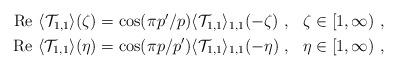
LaTeX: \begin{align*}\begin{aligned}\mathrm{Re}\ \langle\mathcal{T}_{1,1}\rangle(\zeta)&=\cos(\pi p'/p)\langle\mathcal{T}_{1,1}\rangle_{1,1}(-\zeta)\ ,&\zeta&\in [1,\infty)\ ,\\\mathrm{Re}\ \langle\mathcal{T}_{1,1}\rangle(\eta)&=\cos(\pi p/p')\langle\mathcal{T}_{1,1}\rangle_{1,1}(-\eta)\ ,&\eta&\in[1,\infty)\ ,\end{aligned}\end{align*}